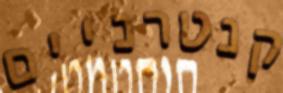
קנטרניים